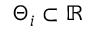
\Theta _ { i } \subset \mathbb { R }